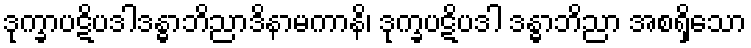
ဒုက္ခာပဋိပဒါဒန္ဓာဘိညာဒိနာမကာနိ၊ ဒုက္ခပဋိပဒါ ဒန္ဓာဘိညာ အစရှိသော